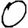
Digit: 0